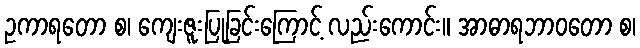
ဥကာရတော စ၊ ကျေးဇူးပြုခြင်းကြောင့် လည်းကောင်း။ အာဓာရဘာဝတော စ၊